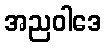
အညဝါဒေ